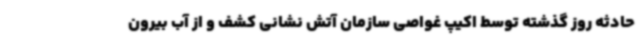
حادثه روز گذشته توسط اکیپ غواصی سازمان آتش نشانی کشف و از آب بیرون